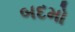
બદમો